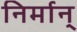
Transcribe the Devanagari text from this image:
निर्मान्